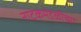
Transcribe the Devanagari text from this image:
नाटकमंडळीच्या